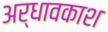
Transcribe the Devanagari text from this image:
अर्धावकाश